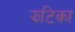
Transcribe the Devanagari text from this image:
झटिका